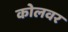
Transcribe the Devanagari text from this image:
कोलवर